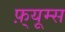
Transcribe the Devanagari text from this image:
फ़्यूम्स